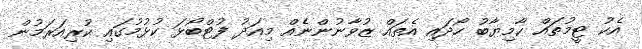
އެކު ޓީމުތައް ކާމިޔާބު ހޯދައި އެތައް ޒުވާނުންނެއް މިއަދު ފުޓްބޯޅަ ކުޅުމުގައި ކުރިއަރަމުން